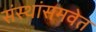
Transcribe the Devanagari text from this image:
संस्थांसमवेत